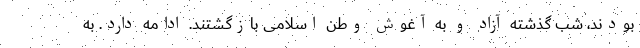
بودند، شب گذشته آزاد و به آغوش وطن اسلامی بازگشتند. ادامه دارد. به